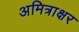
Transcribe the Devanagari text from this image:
अमित्राक्षर